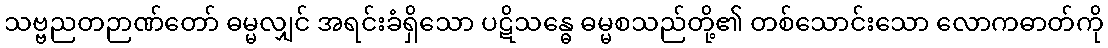
သဗ္ဗညတဉာဏ်တော် ဓမ္မလျှင် အရင်းခံရှိသော ပဋိသန္ဓေ ဓမ္မစသည်တို့၏ တစ်သောင်းသော လောကဓာတ်ကို